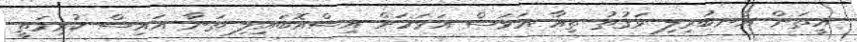
އީތަން އެނބުރިލި ވަގުތު ތިއާ އަވަސް އަވަހަށް އިސްއޮބައިލި ތަނާ އައިސް ކުރިމަތީ